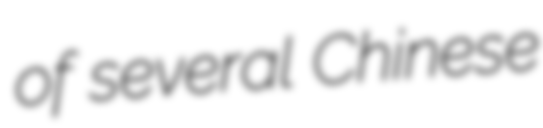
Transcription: of several Chinese